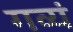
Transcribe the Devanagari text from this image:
गव्यं